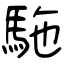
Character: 駞